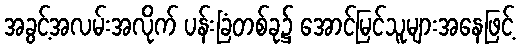
အခွင့်အလမ်းအလိုက် ပန်းခြံတစ်ခု၌ အောင်မြင်သူများအနေဖြင့်